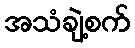
အသံချဲ့စက်